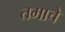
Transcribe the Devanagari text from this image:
तमाचे